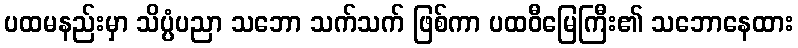
ပထမနည်းမှာ သိပ္ပံပညာ သဘော သက်သက် ဖြစ်ကာ ပထဝီမြေကြီး၏ သဘောနေထား